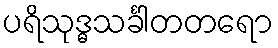
ပရိသုဒ္ဓသင်္ခါတတရော